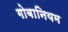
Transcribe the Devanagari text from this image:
गोबानियम